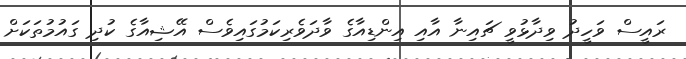
ރައީސް ވަހީދު ވިދާޅުވީ ޗައިނާ އާއި އިންޑިއާގެ ވާދަވެރިކަމުގައިވެސް އޭޝިއާގެ ކުދި ގައުމުތަކަށް